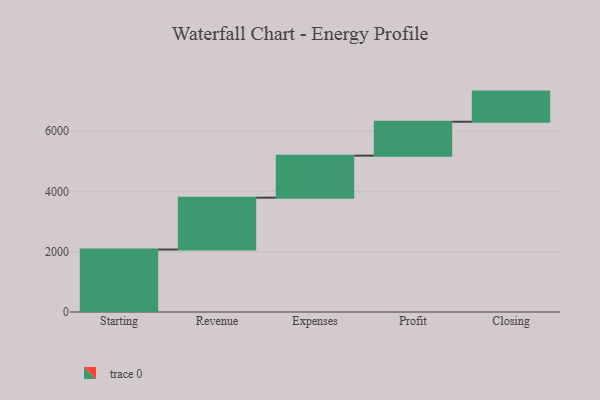
{"axis": {"x": "Step", "y": "Value"}, "legend": [""], "data": [{"x": "Starting", "y": 2072.0, "type": ""}, {"x": "Revenue", "y": 1720.0, "type": ""}, {"x": "Expenses", "y": 1395.0, "type": ""}, {"x": "Profit", "y": 1124.0, "type": ""}, {"x": "Closing", "y": 1000, "type": ""}]}